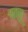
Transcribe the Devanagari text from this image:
पतलू